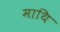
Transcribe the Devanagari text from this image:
माथि